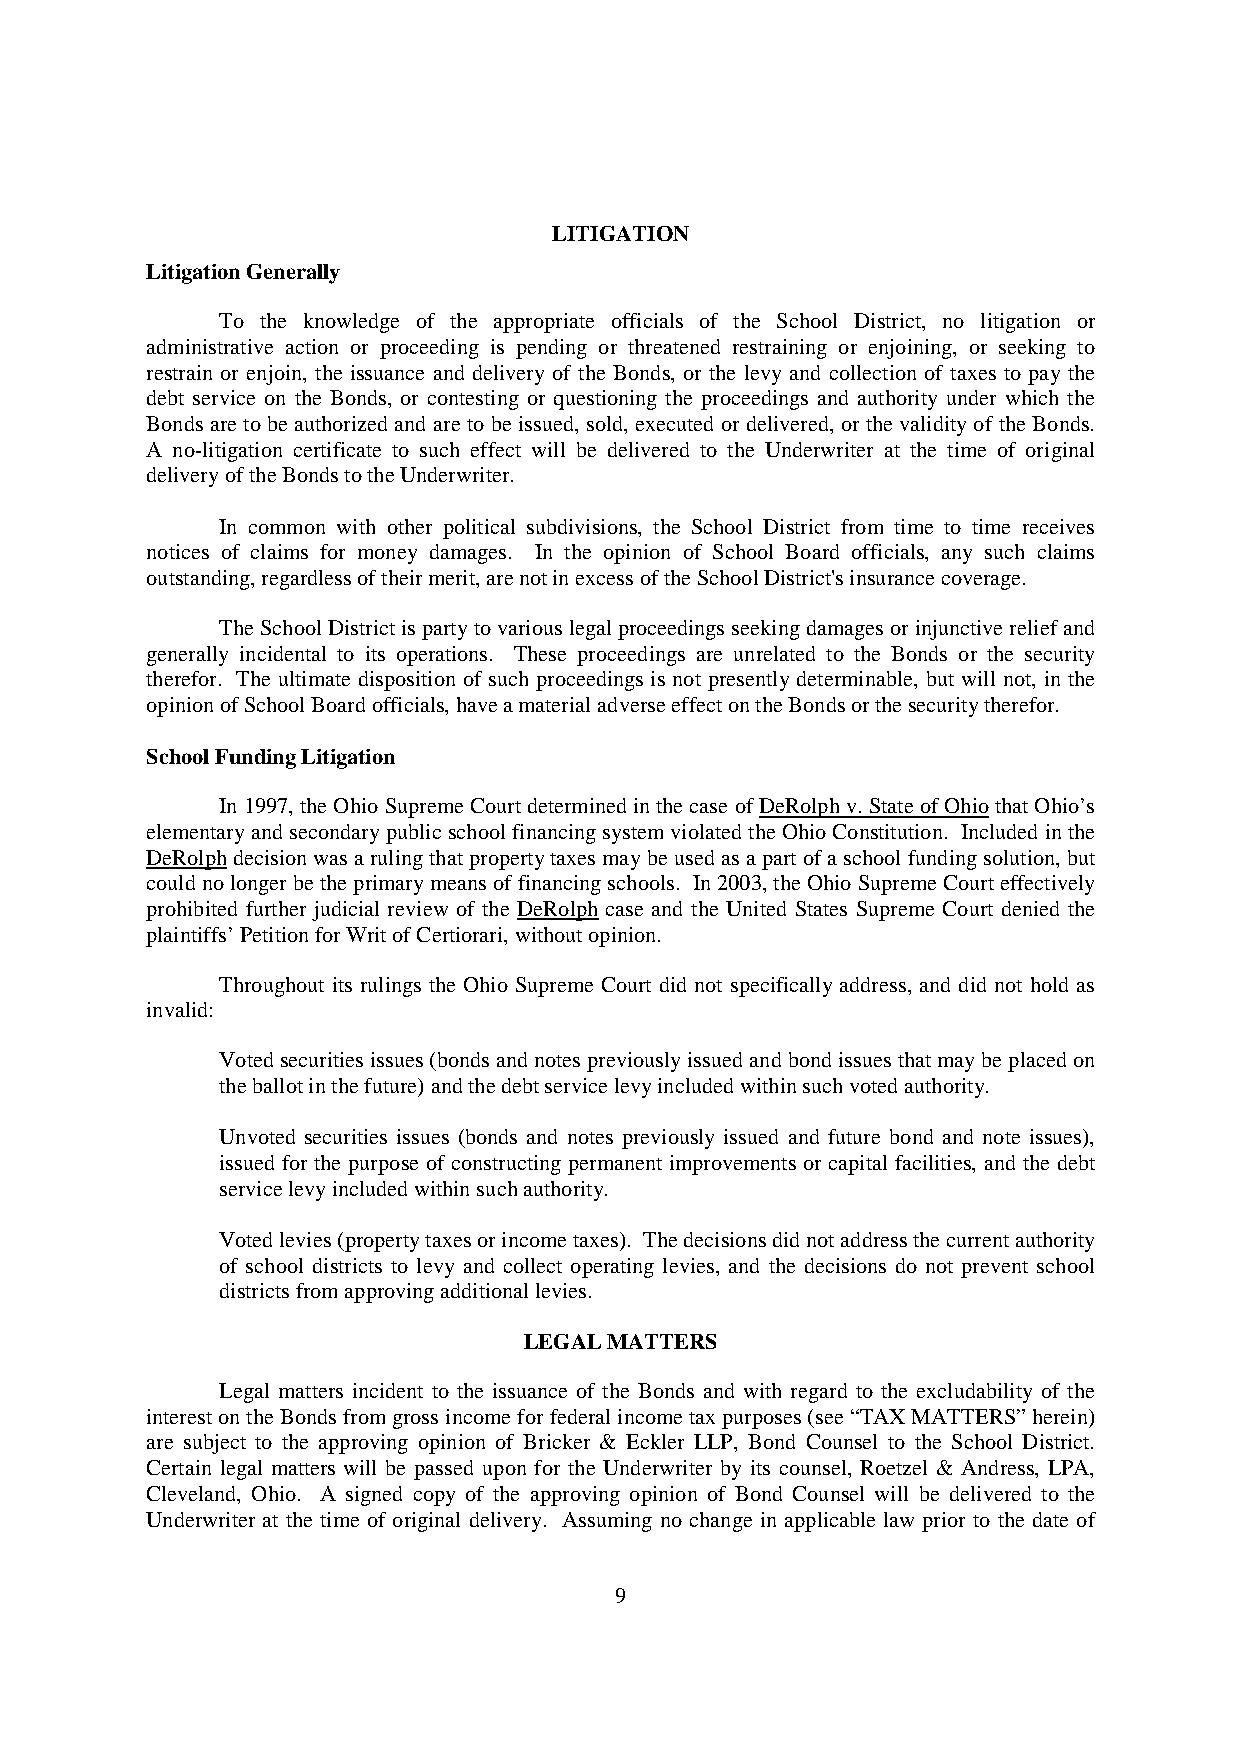
LITIGATION
 LitigationGenerally
 To the knowledge of the appropriate officials of the School District, no litigation or
 administrative action or proceeding is pending or threatened restraining or enjoining, or seeking to
 restrain or enjoin, the issuance and delivery of the Bonds, or the levy and collection of taxes to pay the
 debt service on the Bonds, or contesting or questioning the proceedings and authority under which the
 Bonds areto be authorizedand areto be issued, sold, executed or delivered, or the validityof the Bonds.
 A no-litigation certificate to such effect will be delivered to the Underwriter at the time of original
 deliveryoftheBondstotheUnderwriter.
 In common with other political subdivisions, the School District from time to time receives
 notices of claims for money damages. In the opinion of School Board officials, any such claims
 outstanding,regardlessoftheirmerit,arenotinexcessoftheSchoolDistrict'sinsurancecoverage.
 TheSchoolDistrictispartyto variouslegalproceedings seekingdamagesorinjunctivereliefand
 generally incidental to its operations. These proceedings are unrelated to the Bonds or the security
 therefor. The ultimate disposition of such proceedings is not presentlydeterminable, but will not, in the
 opinionofSchoolBoardofficials,haveamaterialadverseeffectontheBondsorthesecuritytherefor.
 SchoolFundingLitigation
 In 1997,theOhioSupremeCourtdeterminedinthecase ofDeRolphv. StateofOhiothatOhio’s
 elementaryandsecondarypublicschool financingsystemviolatedtheOhioConstitution. Included inthe
 DeRolph decisionwasarulingthat propertytaxesmaybeusedasa part ofa school fundingsolution, but
 couldnolonger betheprimarymeansoffinancingschools. In2003,theOhioSupremeCourteffectively
 prohibited further judicial review of the DeRolph case and the United States Supreme Court denied the
 plaintiffs’PetitionforWritofCertiorari,withoutopinion.
 Throughout its rulings the Ohio Supreme Court did not specifically address, and did not hold as
 invalid:
 Votedsecuritiesissues(bonds andnotespreviouslyissuedandbondissuesthatmaybeplacedon
 theballotinthefuture)andthedebtservicelevyincludedwithinsuchvotedauthority.
 Unvoted securities issues (bonds and notes previously issued and future bond and note issues),
 issued for the purpose of constructing permanent improvements or capital facilities, and the debt
 servicelevyincludedwithinsuchauthority.
 Votedlevies(propertytaxesorincometaxes). Thedecisionsdidnotaddressthecurrentauthority
 of school districts to levy and collect operating levies, and the decisions do not prevent school
 districtsfromapprovingadditionallevies.
 LEGALMATTERS
 Legal matters incident to the issuance of the Bonds and with regard to the excludability of the
 interest ontheBondsfromgrossincomefor federalincometaxpurposes(see“TAXMATTERS”herein)
 are subject to the approving opinion of Bricker & Eckler LLP, Bond Counsel to the School District.
 Certain legal matters will be passed upon for the Underwriter by its counsel, Roetzel & Andress, LPA,
 Cleveland, Ohio. A signed copy of the approving opinion of Bond Counsel will be delivered to the
 Underwriter at the time of original delivery. Assuming no change in applicable law prior to the date of
 9